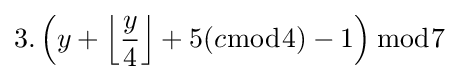
3.\left(y+{\Big \lfloor }{\frac {y}{4}}{\Big \rfloor }+5(c{\bmod {4}})-1\right){\bmod {7}}